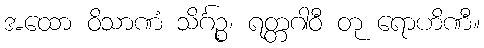
အထော ဝိသာဏံ သိင်္ဂဉ္စ၊ ရတ္တဂါဝီ တု ရောဟိဏီ။